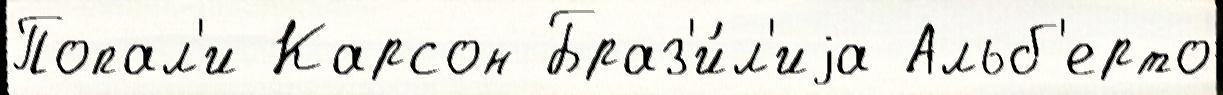
Попал'и Карсон Браз'и́л'иjа Альб'ерто